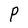
Character: P